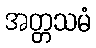
အတ္တသမံ